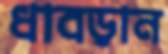
ধাবড়ান